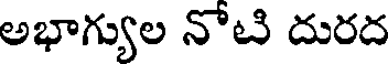
అభాగ్యుల నోటి దురద